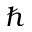
\hbar